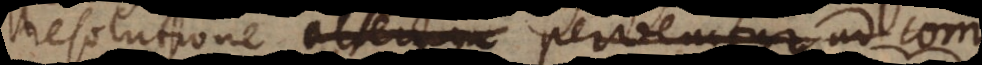
resolutione alterum pervenitur ad com